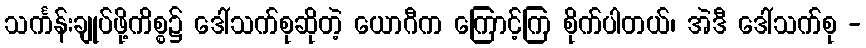
သင်္ကန်းချုပ်ဖို့ကိစ္စ၌ ဒေါ်သက်စုဆိုတဲ့ ယောဂီက ကြောင့်ကြ စိုက်ပါတယ်၊ အဲဒီ ဒေါ်သက်စု -